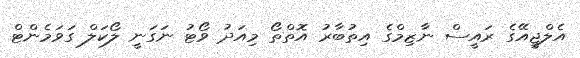
އެލްޖީއޭގެ ރައީސް ނާޒިމްގެ އިތުބާރު އޮތްތޯ މިއަދު ވޯޓު ނަގަނީ ލޯކަލް ގަވަމެންޓް